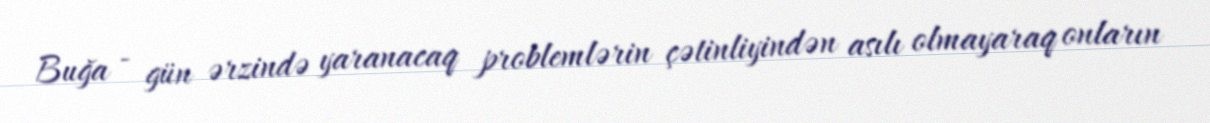
Buğa - gün ərzində yaranacaq problemlərin çətinliyindən asılı olmayaraq onların